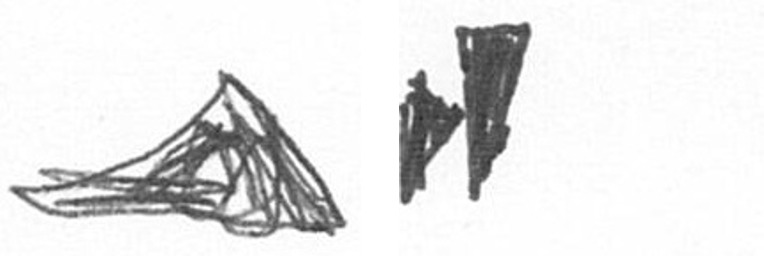
O M